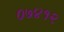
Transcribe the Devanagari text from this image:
०७४१२